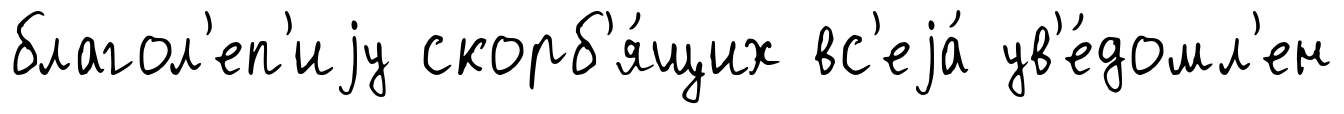
благол'еп'иjу скорб'я́щих вс'еjа́ ув'е́домл'ен